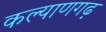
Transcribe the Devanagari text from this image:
कल्याणगढ़